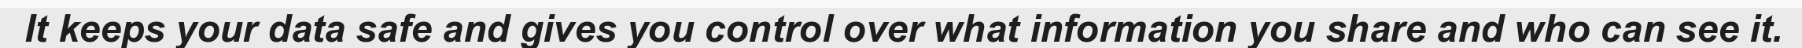
It keeps your data safe and gives you control over what information you share and who can see it.